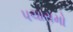
પચાસમો